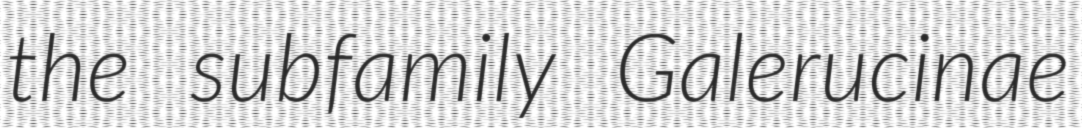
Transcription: the subfamily Galerucinae